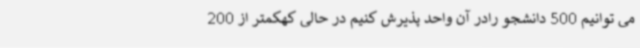
می توانیم 500 دانشجو رادر آن واحد پذیرش کنیم در حالی کهکمتر از 200